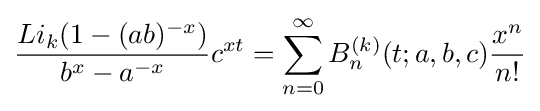
{Li_{k}(1-(ab)^{-x}) \over b^{x}-a^{-x}}c^{xt}=\sum _{n=0}^{\infty }B_{n}^{(k)}(t;a,b,c){x^{n} \over n!}